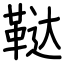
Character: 鞑